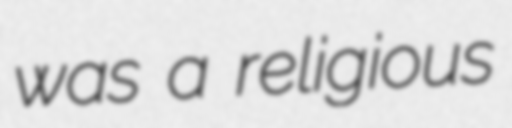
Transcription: was a religious